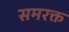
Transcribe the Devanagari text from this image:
समरक्त